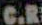
C.R